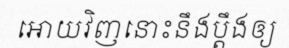
អោយវិញនោះនឹងប្តឹងឲ្យ